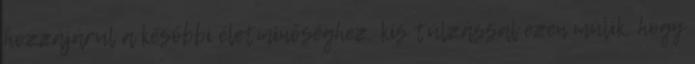
hozzájárul a későbbi életminőséghez, kis túlzással ezen múlik, hogy